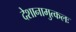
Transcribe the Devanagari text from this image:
देशानामुत्कलः